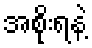
အစိုးရနဲ့